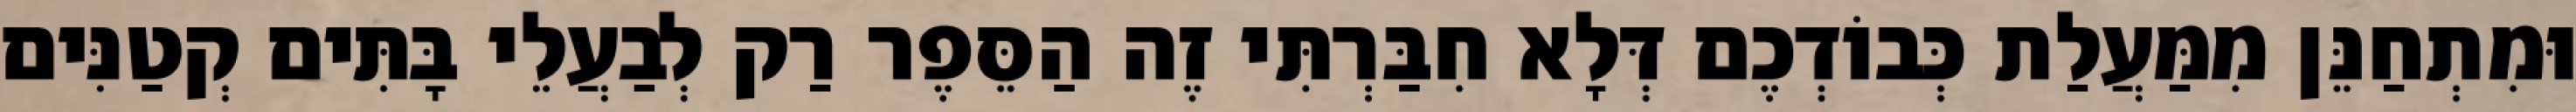
וּמִתְחַנֵּן מִמַּעֲלַת כְּבוֹדְכֶם דְּלָא חִבַּרְתִּי זֶה הַסֵּפֶר רַק לְבַעֲלֵי בָּתִּים קְטַנִּים